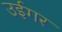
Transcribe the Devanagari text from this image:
उईगर